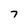
Character: 7